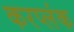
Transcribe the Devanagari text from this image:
करप्लंक